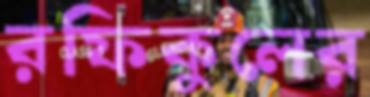
রফিকুলের